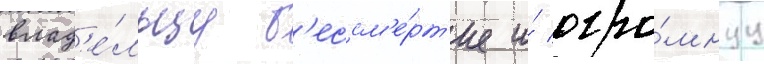
влад'е́льцу б'ессм'е́рт'ие и́ огро́мнуу